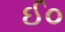
ઈ૦